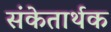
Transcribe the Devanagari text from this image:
संकेतार्थक